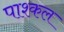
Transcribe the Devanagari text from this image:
पाश्कल